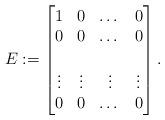
LaTeX: \begin{align*} E: = \begin{bmatrix}1& 0 & \dots&0\\ 0& 0 &\dots&0\\ \\ \vdots & \vdots & \vdots&\vdots\\ 0& 0 & \dots &0 \end{bmatrix}. \end{align*}